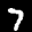
Label: 7